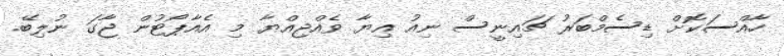
ހާއްސަކޮށް ޑިސެމްބަރު ޗައިނީސް ނިއު އިޔާ ވެއްޖިއްޔާ މި އެއާޕޯޓުން ޖާގަ ނުލިބޭ.